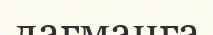
лағманға